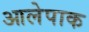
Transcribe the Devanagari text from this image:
आलेपाक